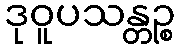
ဒုဝူပသန္တဉ္စ